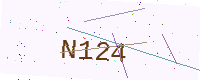
Text: N124